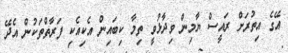
އޭގެ އިތުރަށް ރައީސް ޔާމިން ވިދާޅުވީ ތިމާ ކިބައިން އެކިއެކި ފަރާތްތަކުން އެދޭ